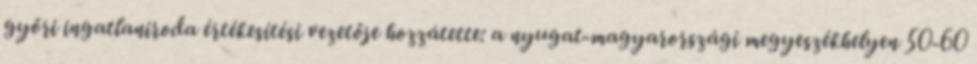
győri ingatlaniroda értékesítési vezetője hozzátette: a nyugat-magyarországi megyeszékhelyen 50-60